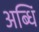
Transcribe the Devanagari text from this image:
अब्धिं